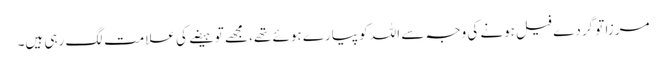
مرزا تو گردے فیل ہونے کی وجہ سے اللہ کو پیارے ہوئے تھے، مجھے تو ہیضے کی علامت لگ رہی ہیں۔